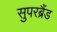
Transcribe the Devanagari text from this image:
सुपरब्रैंड